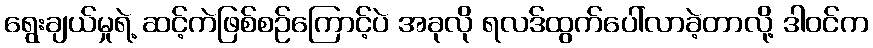
ရွေးချယ်မှုရဲ့ ဆင့်ကဲဖြစ်စဉ်ကြောင့်ပဲ အခုလို ရလဒ်ထွက်ပေါ်လာခဲ့တာလို့ ဒါဝင်က